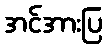
အင်အားပြ